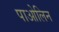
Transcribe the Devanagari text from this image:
पाओलिन